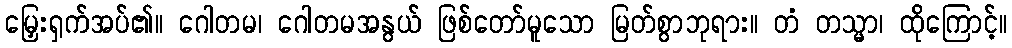
မြှေးရှက်အပ်၏။ ဂေါတမ၊ ဂေါတမအနွယ် ဖြစ်တော်မူသော မြတ်စွာဘုရား။ တံ တသ္မာ၊ ထိုကြောင့်။